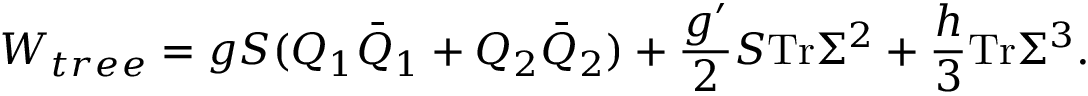
W _ { t r e e } = g S ( Q _ { 1 } \bar { Q } _ { 1 } + Q _ { 2 } \bar { Q } _ { 2 } ) + { \frac { g ^ { \prime } } { 2 } } S \mathrm { T r } \Sigma ^ { 2 } + { \frac { h } { 3 } } \mathrm { T r } \Sigma ^ { 3 } .